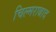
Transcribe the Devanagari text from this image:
चिल्मराबाद